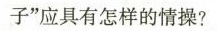
子”应具有怎样的情操?